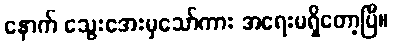
နောက် သွေးအေးမှသော်ကား အရေးမရှိတော့ပြီ။